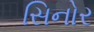
સિનોર